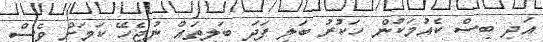
އަދި ބިސް ކެއުމަކުން ހަކުރު ބަލި ފަދަ ބަލިތައް ނުޖެހޭ ކަމަށް ވެސް